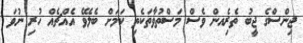
ޖިންސްގެ ޖީބު ތެރެިއން ވެސް މަސްތުވާތަކެތި ކަމަށް ބެލެވޭ އެއްޗެއް ހުރި ނުވަ